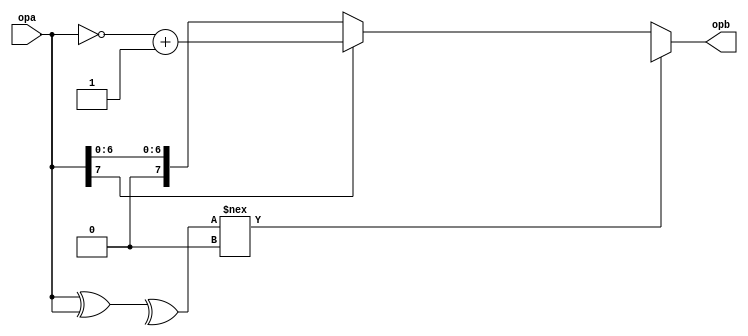
//

module  DWF_absval#(
    parameter N = 8 
) (
    input[N-1:0] opa,
    output[N-1:0] opb
);


function [N-1:0] cal;
input [N-1:0] A;
begin
cal = (^(A ^ A) !== 1'b0) ? ({N{1'bx}}) : ((A[N-1] == 1'b1 ) ? (~A + 1'b1) : A);

end
endfunction
    
assign opb = cal(opa);

endmodule